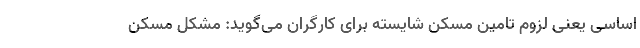
اساسی یعنی لزوم تامین مسکن شایسته برای کارگران می‌گوید: مشکل مسکن